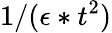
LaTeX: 1/(\epsilon*t^{2})